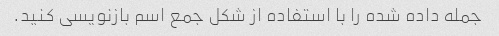
جمله داده شده را با استفاده از شکل جمع اسم بازنویسی کنید.